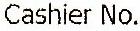
CASHIER NO.